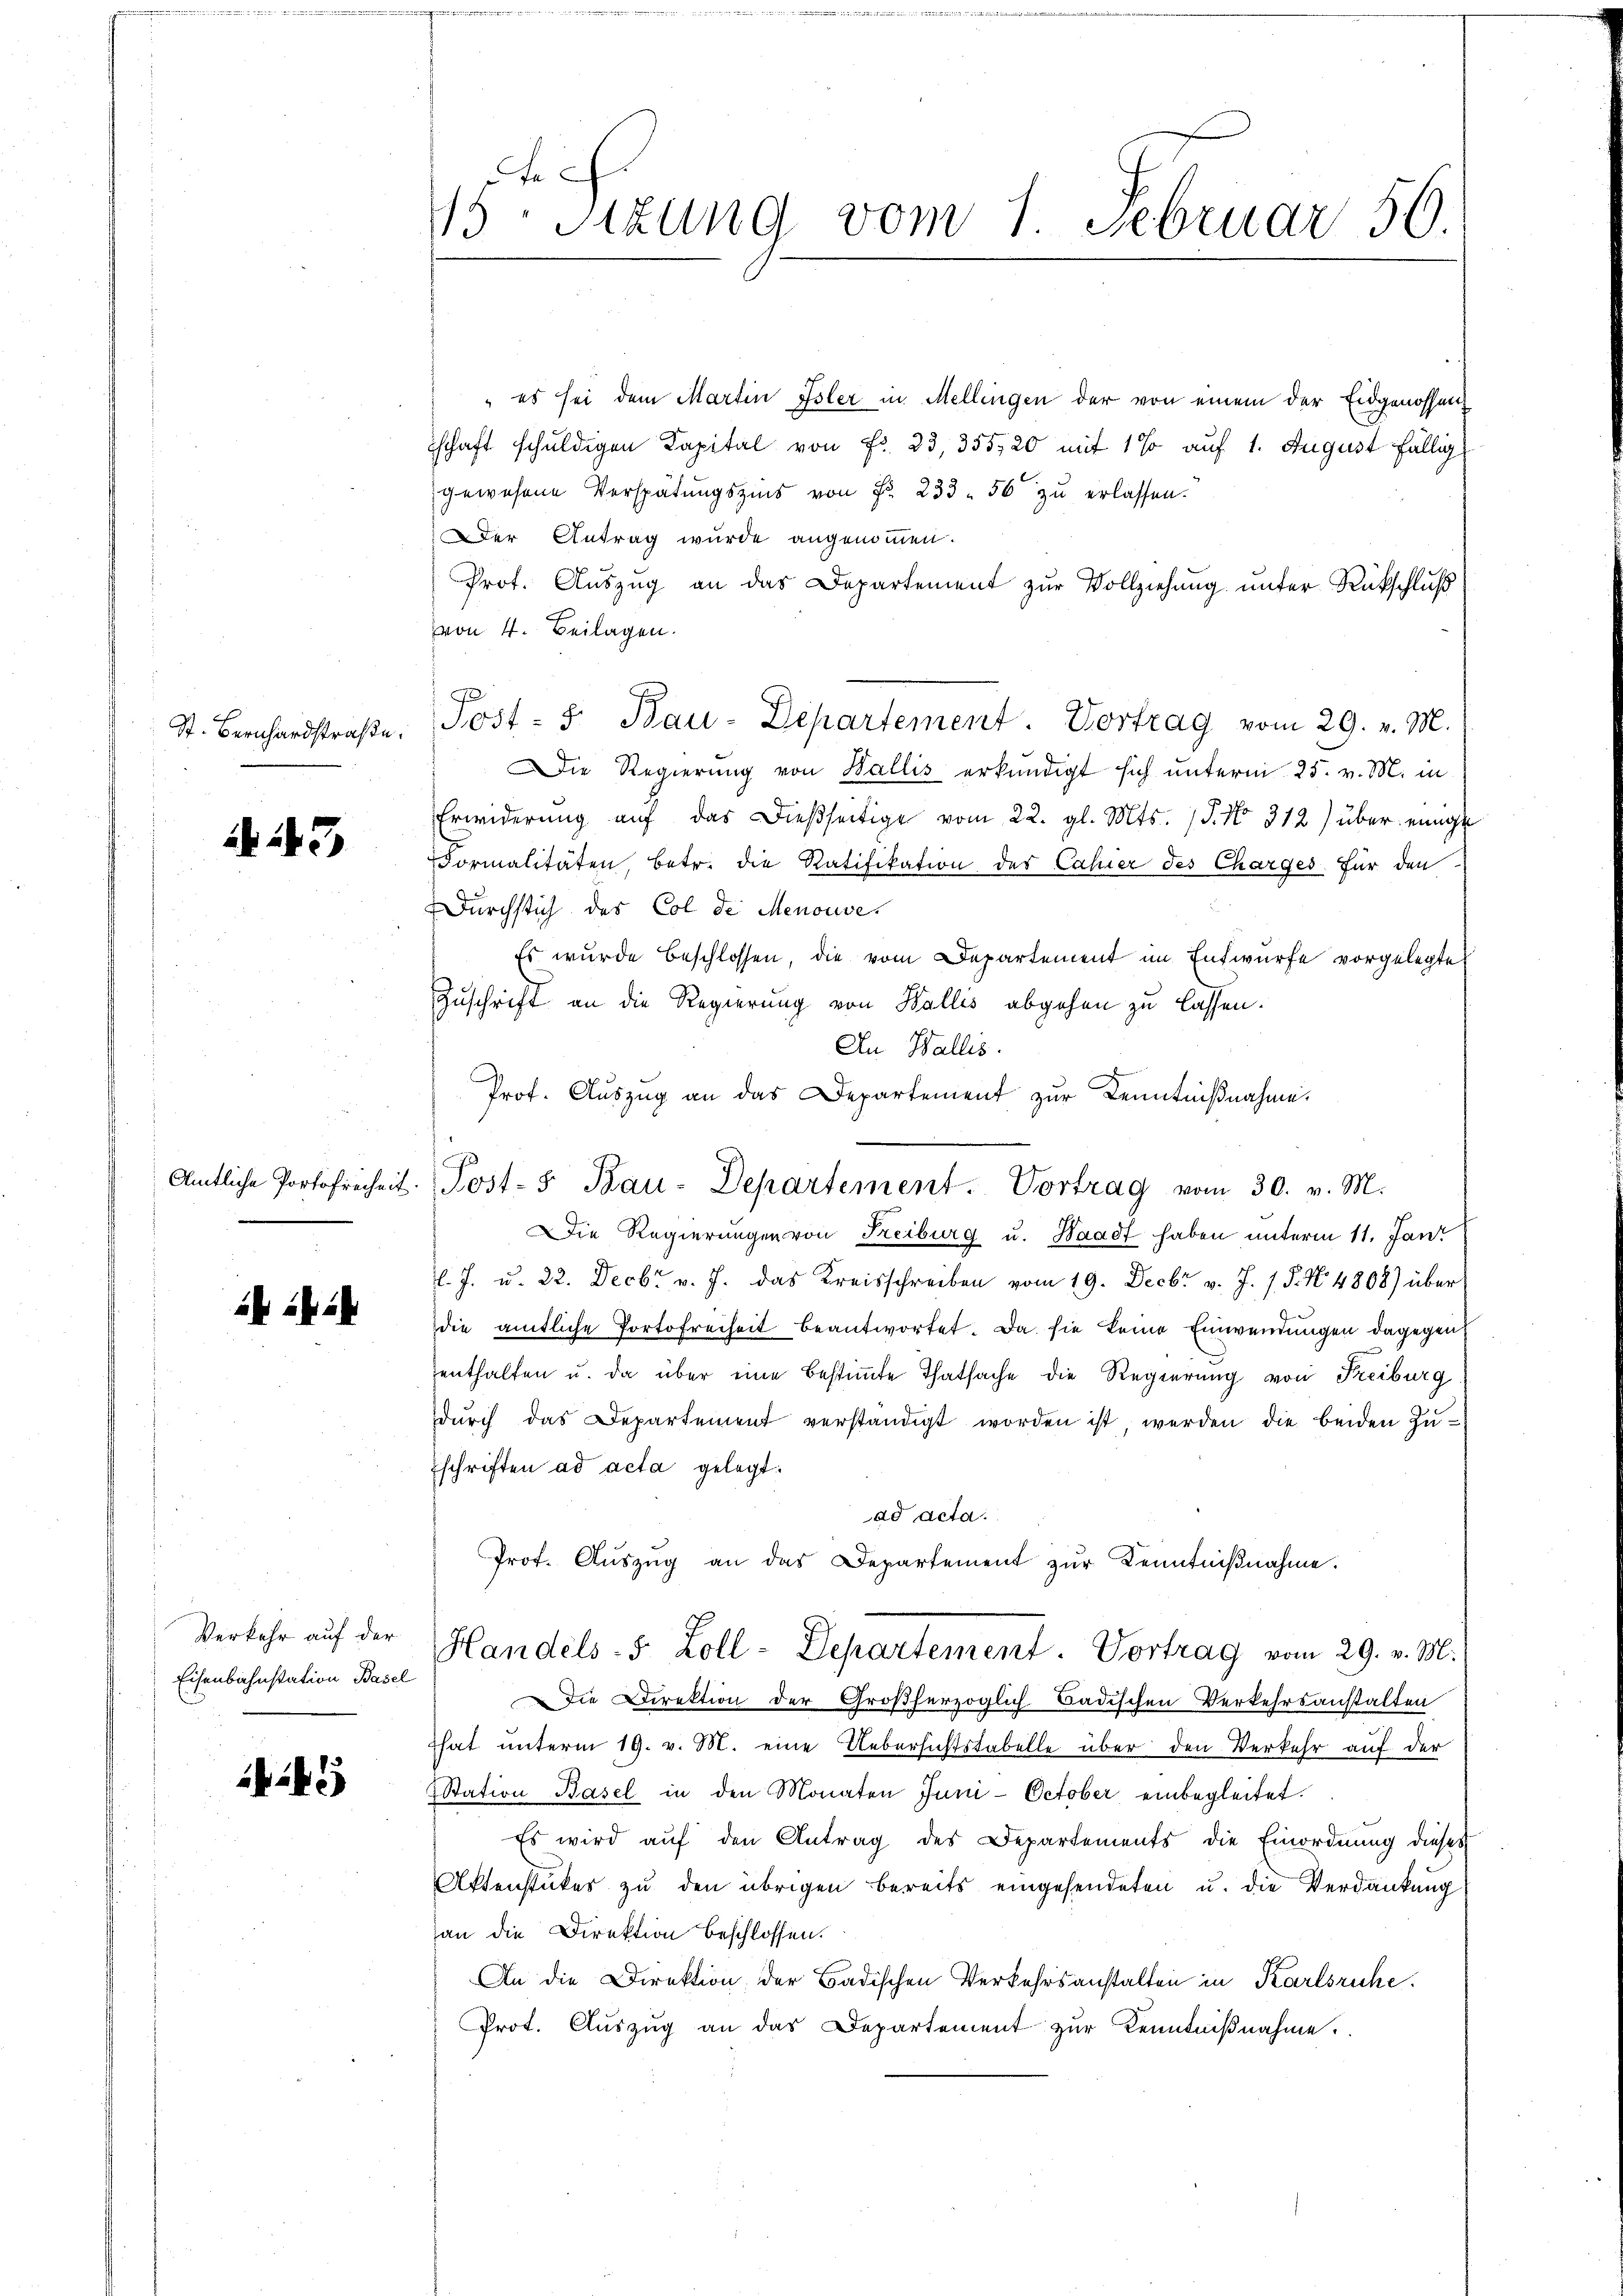
St. Bernhardstraße.

A 243

ib i

Verkehr auf der
Eisenbahnstation Basel

5

es sei dem Martin Isler in Mellingen der von einem der Eidgenossen
schaft schuldigen Kapital von Fr. 33, 355,20 mit 1 % auf 1. August fällig
gewesene Verspätungszins von Fr. 233. 56 zu erlassen.
Der Antrag wurde angenommen.
Prot. Auszug an das Departement zur Vollziehung unter Rückschluß
von 4. Beilagen.
Post- u Bau-Departement. Vortrag vom 29. v. M.
Die Regierung von Wallis erkundigt sich unterm 25. v. M. in
Erwiderŭng aŭf das dießseitige vom 22. gl. Mts. (T. No 312) über einige
Formalitäten, betr. die Ratifikation der Cahier des Charges für den
Durchstich des Col de Menouve
Es wurde beschlossen, die vom Departement im Entwurfe vorgelegte
Zuschrift an die Regierung von Wallis abgehen zu lassen.
An Wallis.
Prof. Auszug an das Departement zur Kenntnißnahme.
Die Regierungen von Freiburg u. Waadt haben unterm 11. Jani
l. J. u. 22. Decbr v. J. das Kreisschreiben vom 19. Decbr v. J. P. N. 4808) über
die amtliche Portofreiheit beantwortet. Da sie keine Einwendungen dagegen
enthalten u. da über eine bestimmte Thatsache die Regierung von Freiburg
dŭrch das Departement verständigt worden ist, werden die beiden Zuschriften ad acta gelegt.
ad acta.
Prof. Auszug an das Departement zur Kenntnißnahme.
Handels- 5 Zoll-Departement. Vortrag vom 29. v. M.
Die Direktion der Großherzoglich-Badischen Verkehrsanstalten
That unterm 19. v. M. eine Uebersichtstabelle über den Verkehr auf der
Station Basel in den Monaten Juni- October einbegleitet.
Es wird auf den Antrag des Departements die Einordnung dieses
Aktenstückes zu den übrigen bereits eingesendeten u. die Verdankung
an die Direktion beschlossen.
An die Direktion der Badischen Verkehrsanstalten in Karlsruhe.
Prot. Aŭszŭg an das Departement zŭr Kenntniβnahme.

45te Sitzung vom 1. Februar 56.

8
Amtliche Portofreiheit. Post-" Bau-Departement. Vortrag vom 30. v. M.